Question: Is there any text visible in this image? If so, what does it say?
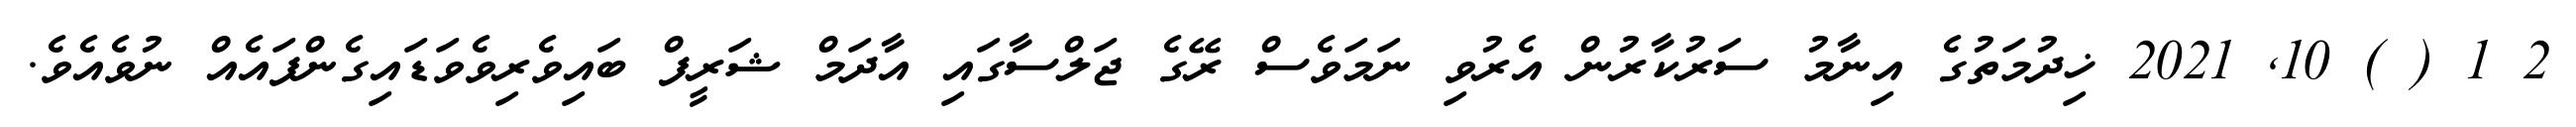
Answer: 2 1 ( ) 10, 2021 ޚިދުމަތުގެ އިނާމު ސަރުކާރުން އެރުވި ނަމަވެސް ރޭގެ ޖަލްސާގައި އާދަމް ޝަރީފް ބައިވެރިވެވަޑައިގެންފައެއް ނުވެއެވެ.